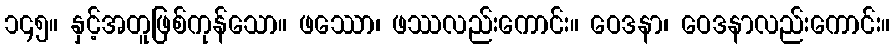
၁၄၅။ နှင့်အတူဖြစ်ကုန်သော။ ဖဿော၊ ဖဿလည်းကောင်း။ ဝေဒနာ၊ ဝေဒနာလည်းကောင်း။